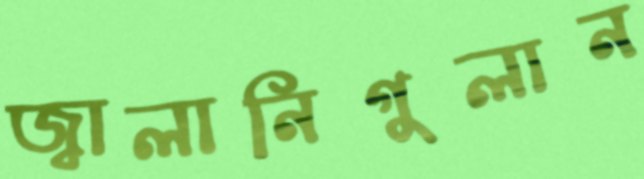
জ্বালানিগুলান